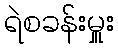
ရဲစခန်းမှူး